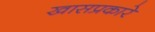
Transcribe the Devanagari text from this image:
खासप्रकारे